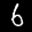
Label: 6